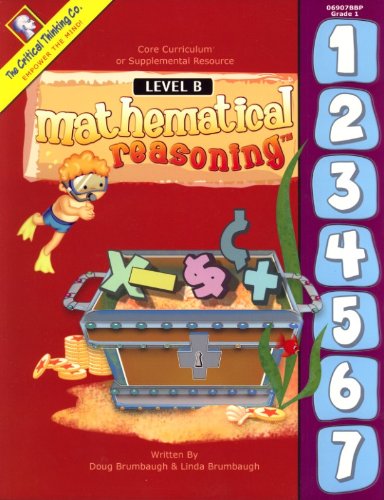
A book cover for Mathematical Reasoning Level B; Linda Brumbaugh; Test Preparation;